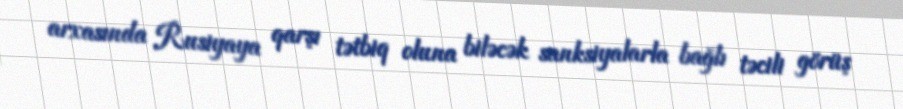
arxasında Rusiyaya qarşı tətbiq oluna biləcək sanksiyalarla bağlı təcili görüş